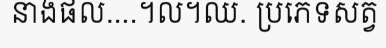
នាងផល....។ល។ឈ. ប្រភេទសត្វ